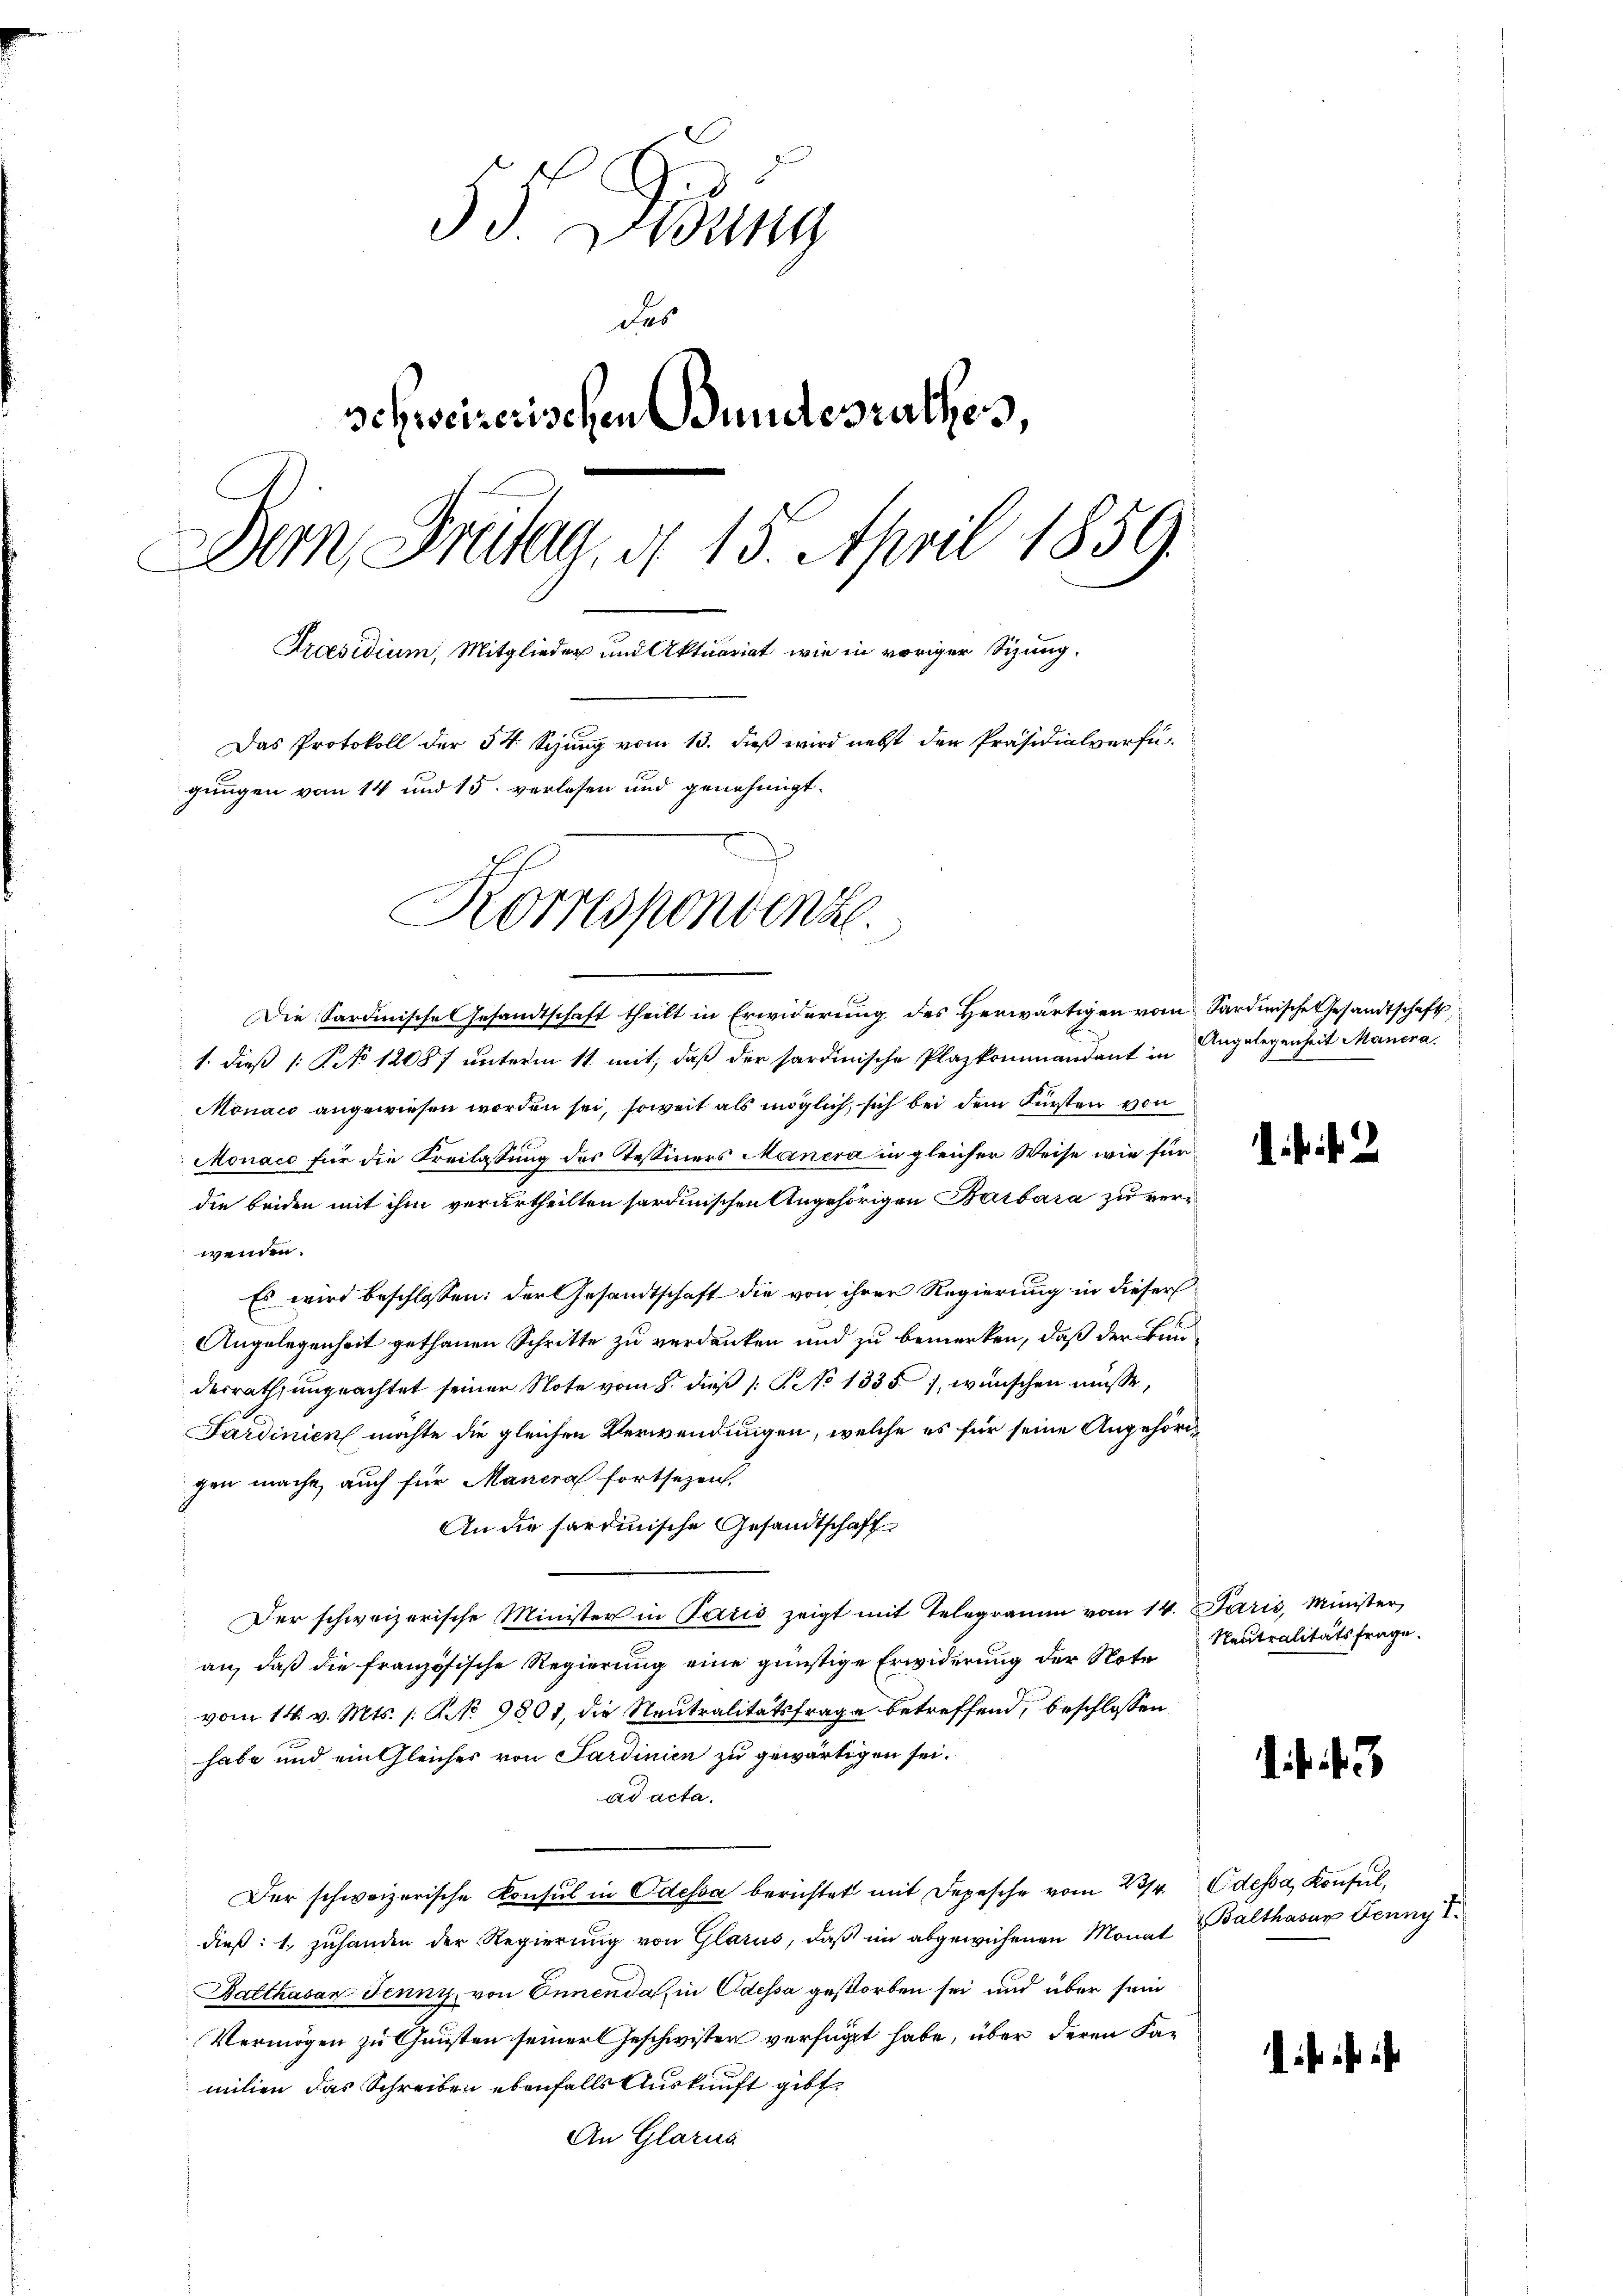
5 Didung
der
schweizerischen Bundesrathes,
Bern, Freitag, d. 15. April 1859.
Praesidium, Mitglieder und Aktuariat wie in voriger Sizung,
Das Protokoll der 54. Sitzung vom 13. dieß wird nebst den Präsidialverfü-
gungen vom 14 und 15. verlesen und genehmigt.
Korrespondenze

Die Sardinische Gesandtschaft theilt in Erwiderung des Herwärtigen vom Sardinische Gesandtschaft,
1. dieß (: No 12087 unterm 11. mit, daß der hardinische Plazkommandant in
Monaco angewiesen worden sei, soweit als möglich, sich bei dem Fürsten von
Monáco für die Freilassung des Tessiners Manera in gleicher Weise wie für
die beiden mit ihm verurtheilten sardinischen Angehörigen Barbara zu verwenden.
Es wird beschlossen: der Gesandtschaft die von ihrer Regierung in dieser
Angelegenheit gethanen Schritte zu verdanken und zu bemerken, daß der Bun
derrath, ungeachtet seiner Note vom 8. dieβ (: S. 1335), wünschen müsse,
Sardinien möchte die gleichen Verwendungen, welche es für seine Angehörigen macht, auch für Mauera fortsezen,
An die sardinische Gesandtschaft
Der schweizerische Minister in Paris zeigt mit Telegramm vom 14. Juris, Minister,
an, daß die französische Regierung eine günstige Erwiderung der Note
vom 14. v. Mts. 1. No 9801, die Neutralitätsfrage betreffend, beschlossen
habe und ein Gleiches von Sardinien zu gewärtigen sei.
ad acta.
Der schweizerische Konsul in Odessa berichtet mit Depesche vom 234. Odessa, Konsul,
dieß: 1., zuhanden der Regierung von Glarus, daß im abgewiesenen Monat Balthasar Jenny I
Balthasar Jenny, von Ennenda in Odessa gestorben sei und über sein
Vermögen zu Gunsten seiner Geschwister verfügt habe, über deren Familien das Schreiben ebenfalls Auskunft gibt,
An Glarus

Angelegenheit Mancra.

Neutralitätsfrage.